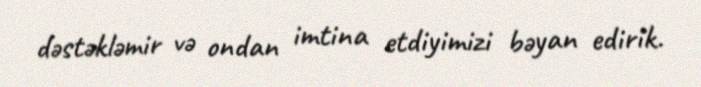
dəstəkləmir və ondan imtina etdiyimizi bəyan edirik.